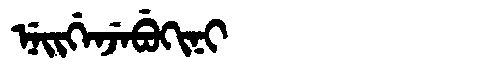
Manchu: ᠨᡝᡳᡤᡝᠨᠵᡝᠪᡠᡴᡳᠨᡳ
Romanization: NEIGENJEBUKINI